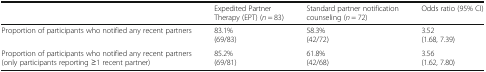
|  | Expedited Partner Therapy (EPT) (n = 83) | Standard partner notification counseling (n = 72) | Odds ratio (95% CI) |
 | --- | --- | --- | --- |
 | Proportion of participants who notified any recent partners | 83.1%(69/83) | 58.3%(42/72) | 3.52(1.68, 7.39) |
 | Proportion of participants who notified any recent partners (only participants reporting ≥1 recent partner) | 85.2%(69/81) | 61.8%(42/68) | 3.56(1.62, 7.80) |